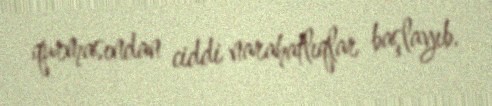
qurmasından ciddi narahatlıqlar başlayıb.